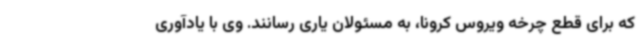
که برای قطع چرخه ویروس کرونا، به مسئولان یاری رسانند. وی با یادآوری